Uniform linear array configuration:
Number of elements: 8
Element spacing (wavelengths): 0.25
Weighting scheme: hann
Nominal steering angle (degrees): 30
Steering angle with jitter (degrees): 30.599
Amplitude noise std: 0.05
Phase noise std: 0.05

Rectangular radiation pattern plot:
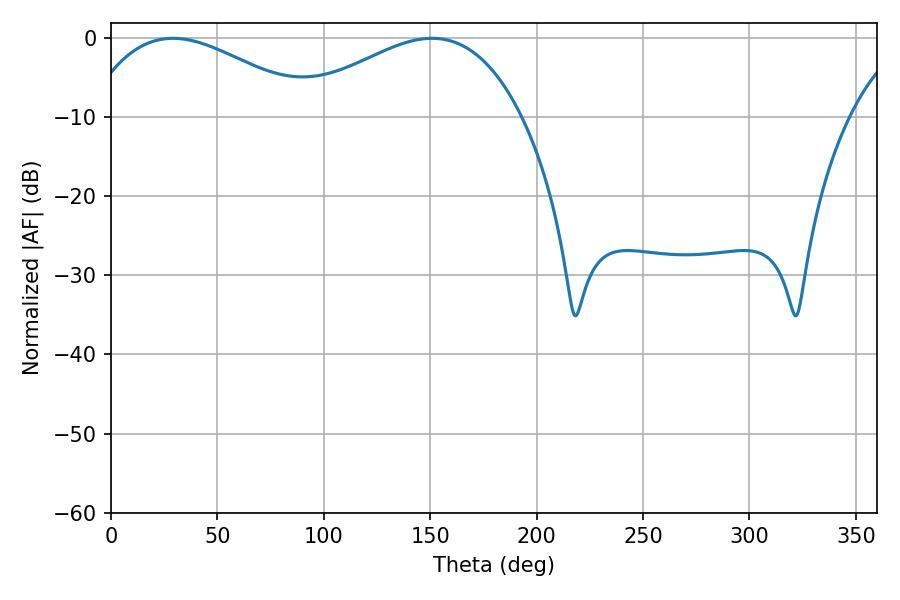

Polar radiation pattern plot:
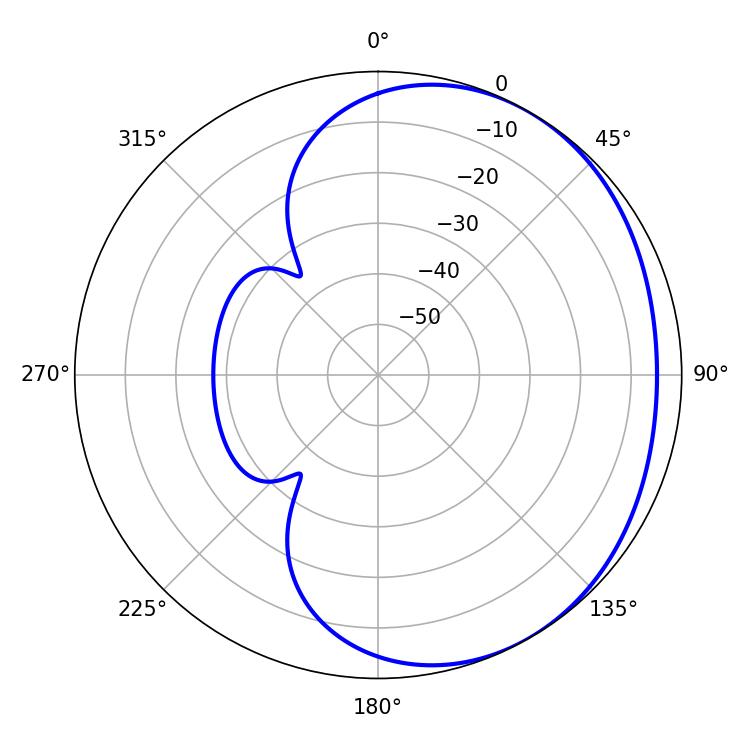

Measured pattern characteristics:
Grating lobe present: FALSE
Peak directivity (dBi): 2.259
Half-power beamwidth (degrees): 58.86
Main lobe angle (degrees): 29.16